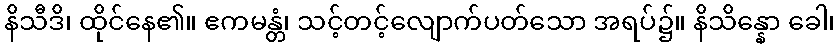
နိသီဒိ၊ ထိုင်နေ၏။ ဧကမန္တံ၊ သင့်တင့်လျောက်ပတ်သော အရပ်၌။ နိသိန္နော ခေါ၊